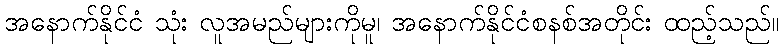
အနောက်နိုင်ငံ သုံး လူအမည်များကိုမူ၊ အနောက်နိုင်ငံစနစ်အတိုင်း ထည့်သည်။